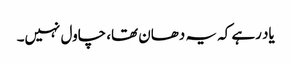
یاد رہے کہ یہ دھان تھا، چاول نہیں۔